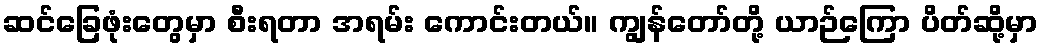
ဆင်ခြေဖုံးတွေမှာ စီးရတာ အရမ်း ကောင်းတယ်။ ကျွန်တော်တို့ ယာဉ်ကြော ပိတ်ဆို့မှာ